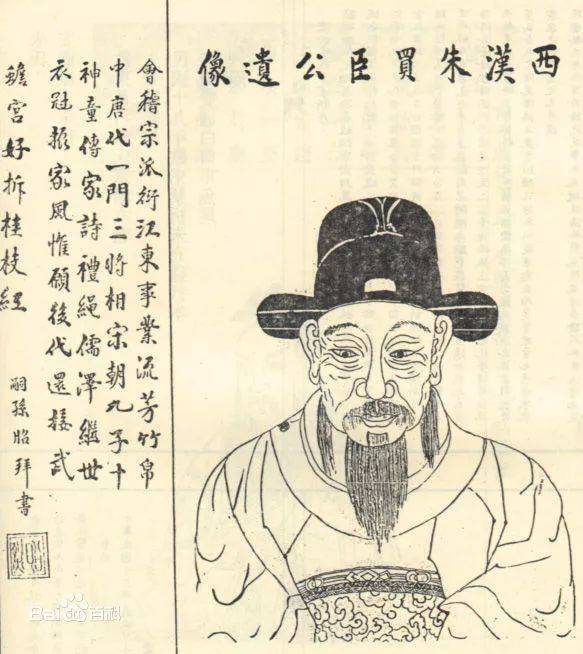
会稽愚妇轻买臣，余亦辞家西入秦。